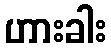
ဟားခါး